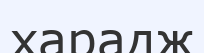
харадж